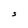
Character: 5